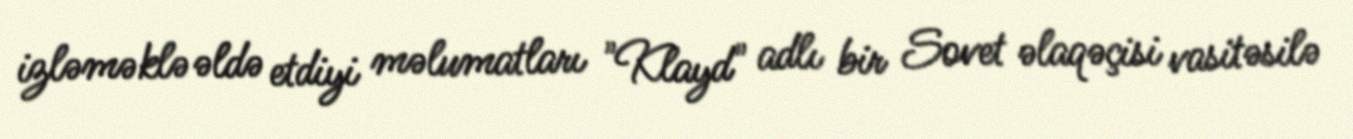
izləməklə əldə etdiyi məlumatları "Klayd" adlı bir Sovet əlaqəçisi vasitəsilə